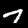
Digit: 7